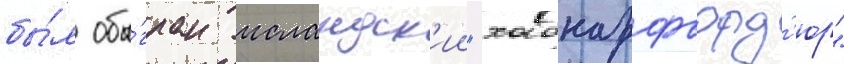
бы́л обы́гран исландск'ии "хабнарфьорд'юр"